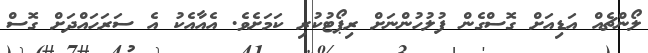
ލޯންޗެއް އަޑިއަށް ގޮސްގެން ފުލުހުންނަށް ރިޕޯޓުކުރި ކަމަށެވެ. އެއާއެކު އެ ސަރަހައްދަށް ގޮސް